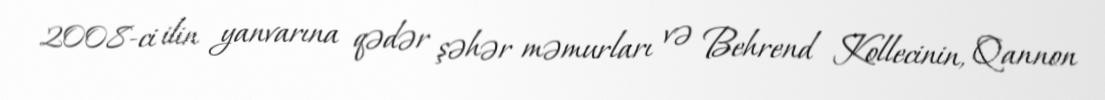
2008-ci ilin yanvarına qədər şəhər məmurları və Behrend Kollecinin, Qannon